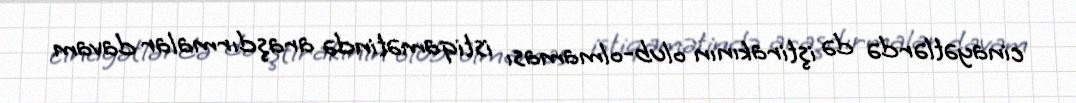
cinayətlərdə də iştirakının olub-olmaması istiqamətində araşdırmalar davam